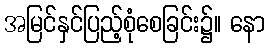
အမြင်နှင်ပြည့်စုံစေခြင်း၌။ နော